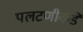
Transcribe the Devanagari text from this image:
पलटणीकडे